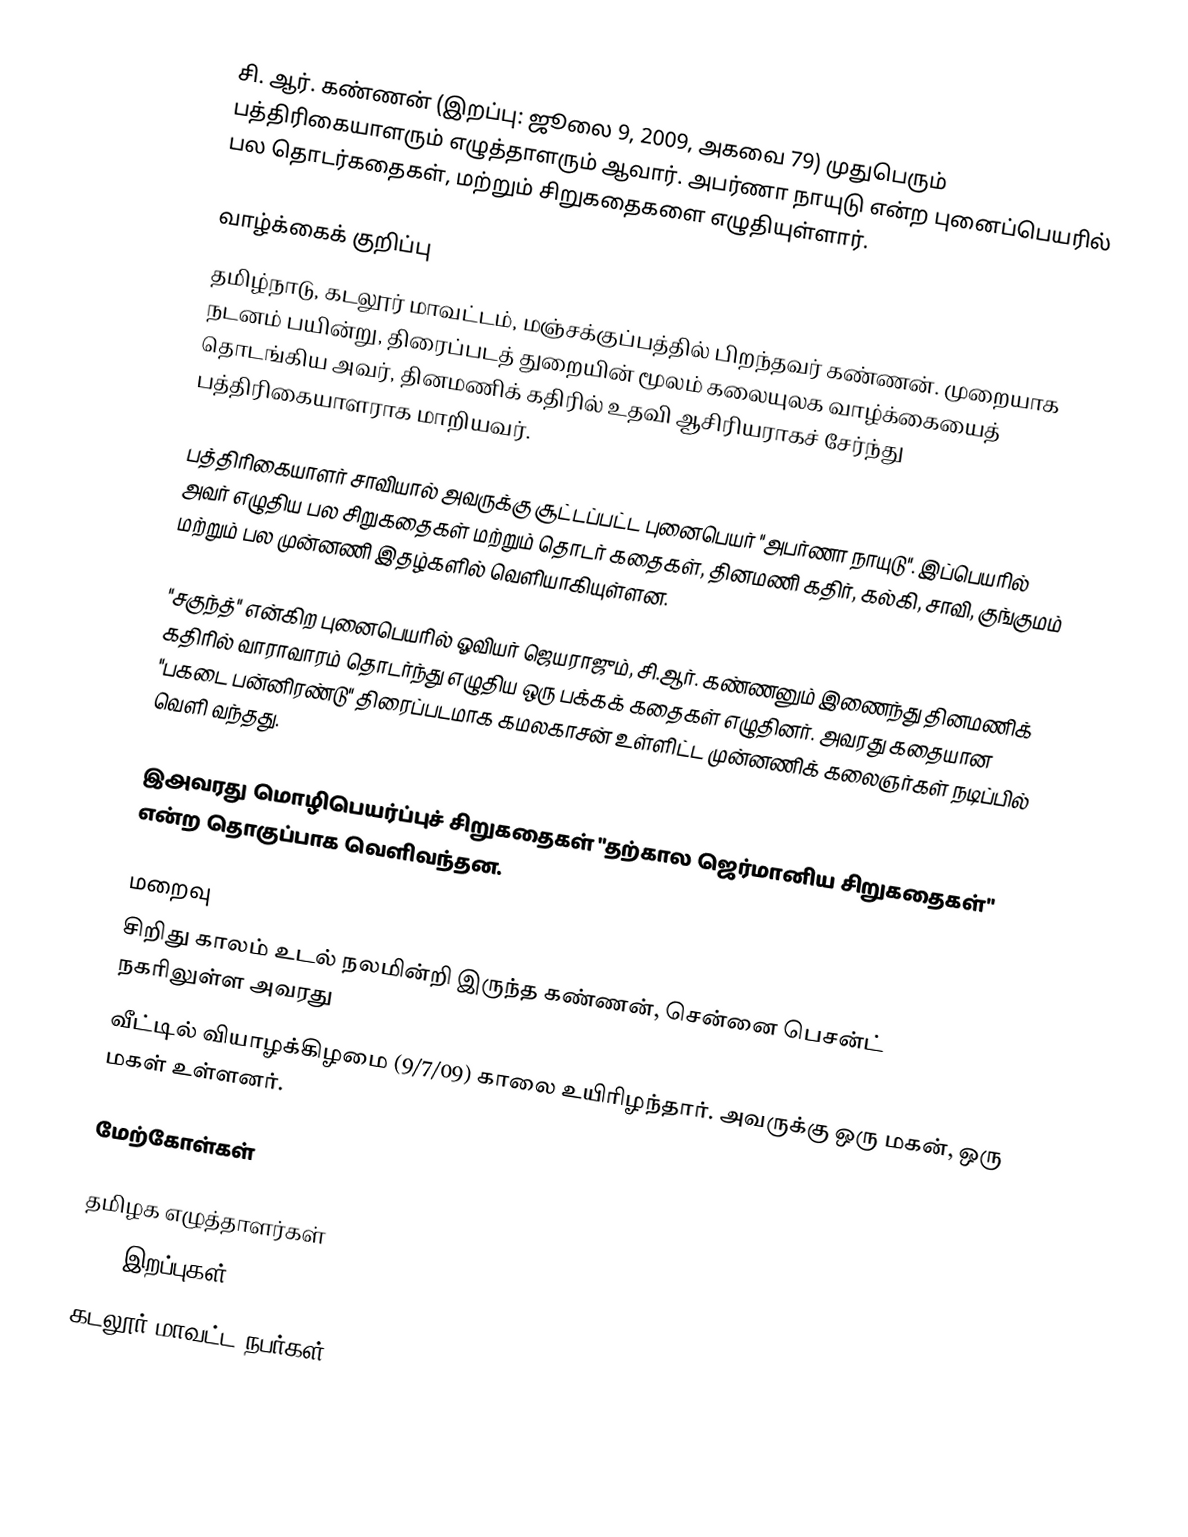
சி. ஆர். கண்ணன் (இறப்பு: ஜூலை 9, 2009, அகவை 79) முதுபெரும் பத்திரிகையாளரும் எழுத்தாளரும் ஆவார். அபர்ணா நாயுடு என்ற புனைப்பெயரில் பல தொடர்கதைகள், மற்றும் சிறுகதைகளை எழுதியுள்ளார்.

வாழ்க்கைக் குறிப்பு
தமிழ்நாடு, கடலூர் மாவட்டம், மஞ்சக்குப்பத்தில் பிறந்தவர் கண்ணன். முறையாக நடனம் பயின்று, திரைப்படத் துறையின் மூலம் கலையுலக வாழ்க்கையைத் தொடங்கிய அவர், தினமணிக் கதிரில் உதவி ஆசிரியராகச் சேர்ந்து பத்திரிகையாளராக மாறியவர்.

பத்திரிகையாளர் சாவியால் அவருக்கு சூட்டப்பட்ட புனைபெயர் "அபர்ணா நாயுடு". இப்பெயரில் அவர் எழுதிய பல சிறுகதைகள் மற்றும் தொடர் கதைகள், தினமணி கதிர், கல்கி, சாவி, குங்குமம் மற்றும் பல முன்னணி இதழ்களில் வெளியாகியுள்ளன.

"சகுந்த்" என்கிற புனைபெயரில் ஓவியர் ஜெயராஜும், சி.ஆர். கண்ணனும் இணைந்து தினமணிக் கதிரில் வாராவாரம் தொடர்ந்து எழுதிய ஒரு பக்கக் கதைகள் எழுதினர். அவரது கதையான "பகடை பன்னிரண்டு" திரைப்படமாக கமலகாசன் உள்ளிட்ட முன்னணிக் கலைஞர்கள் நடிப்பில் வெளி வந்தது.

இஅவரது மொழிபெயர்ப்புச் சிறுகதைகள் "தற்கால ஜெர்மானிய சிறுகதைகள்" என்ற தொகுப்பாக வெளிவந்தன.

மறைவு
சிறிது காலம் உடல் நலமின்றி இருந்த கண்ணன், சென்னை பெசன்ட் நகரிலுள்ள அவரது
வீட்டில் வியாழக்கிழமை (9/7/09) காலை உயிரிழந்தார். அவருக்கு ஒரு மகன், ஒரு மகள் உள்ளனர்.

மேற்கோள்கள்

தமிழக எழுத்தாளர்கள்
2009 இறப்புகள்
கடலூர் மாவட்ட நபர்கள்